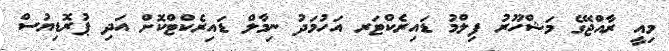
މިއީ ރާއްޖޭގެ މަޝްހޫރު ފިލްމު ޑައިރެކްޓަރ އަހުމަދު ނިމާލް ޑައިރެކްޓްކޮށް އަދި ޕުރޮޑިޔުސް